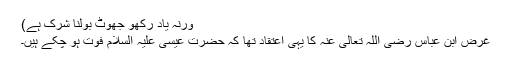
ورنہ یاد رکھو جھوٹ بولنا شرک ہے)
غرض ابن عباس رضی اللہ تعالی عنہ کا یہی اعتقاد تھا کہ حضرت عیسی علیہ السلام فوت ہو چکے ہیں۔